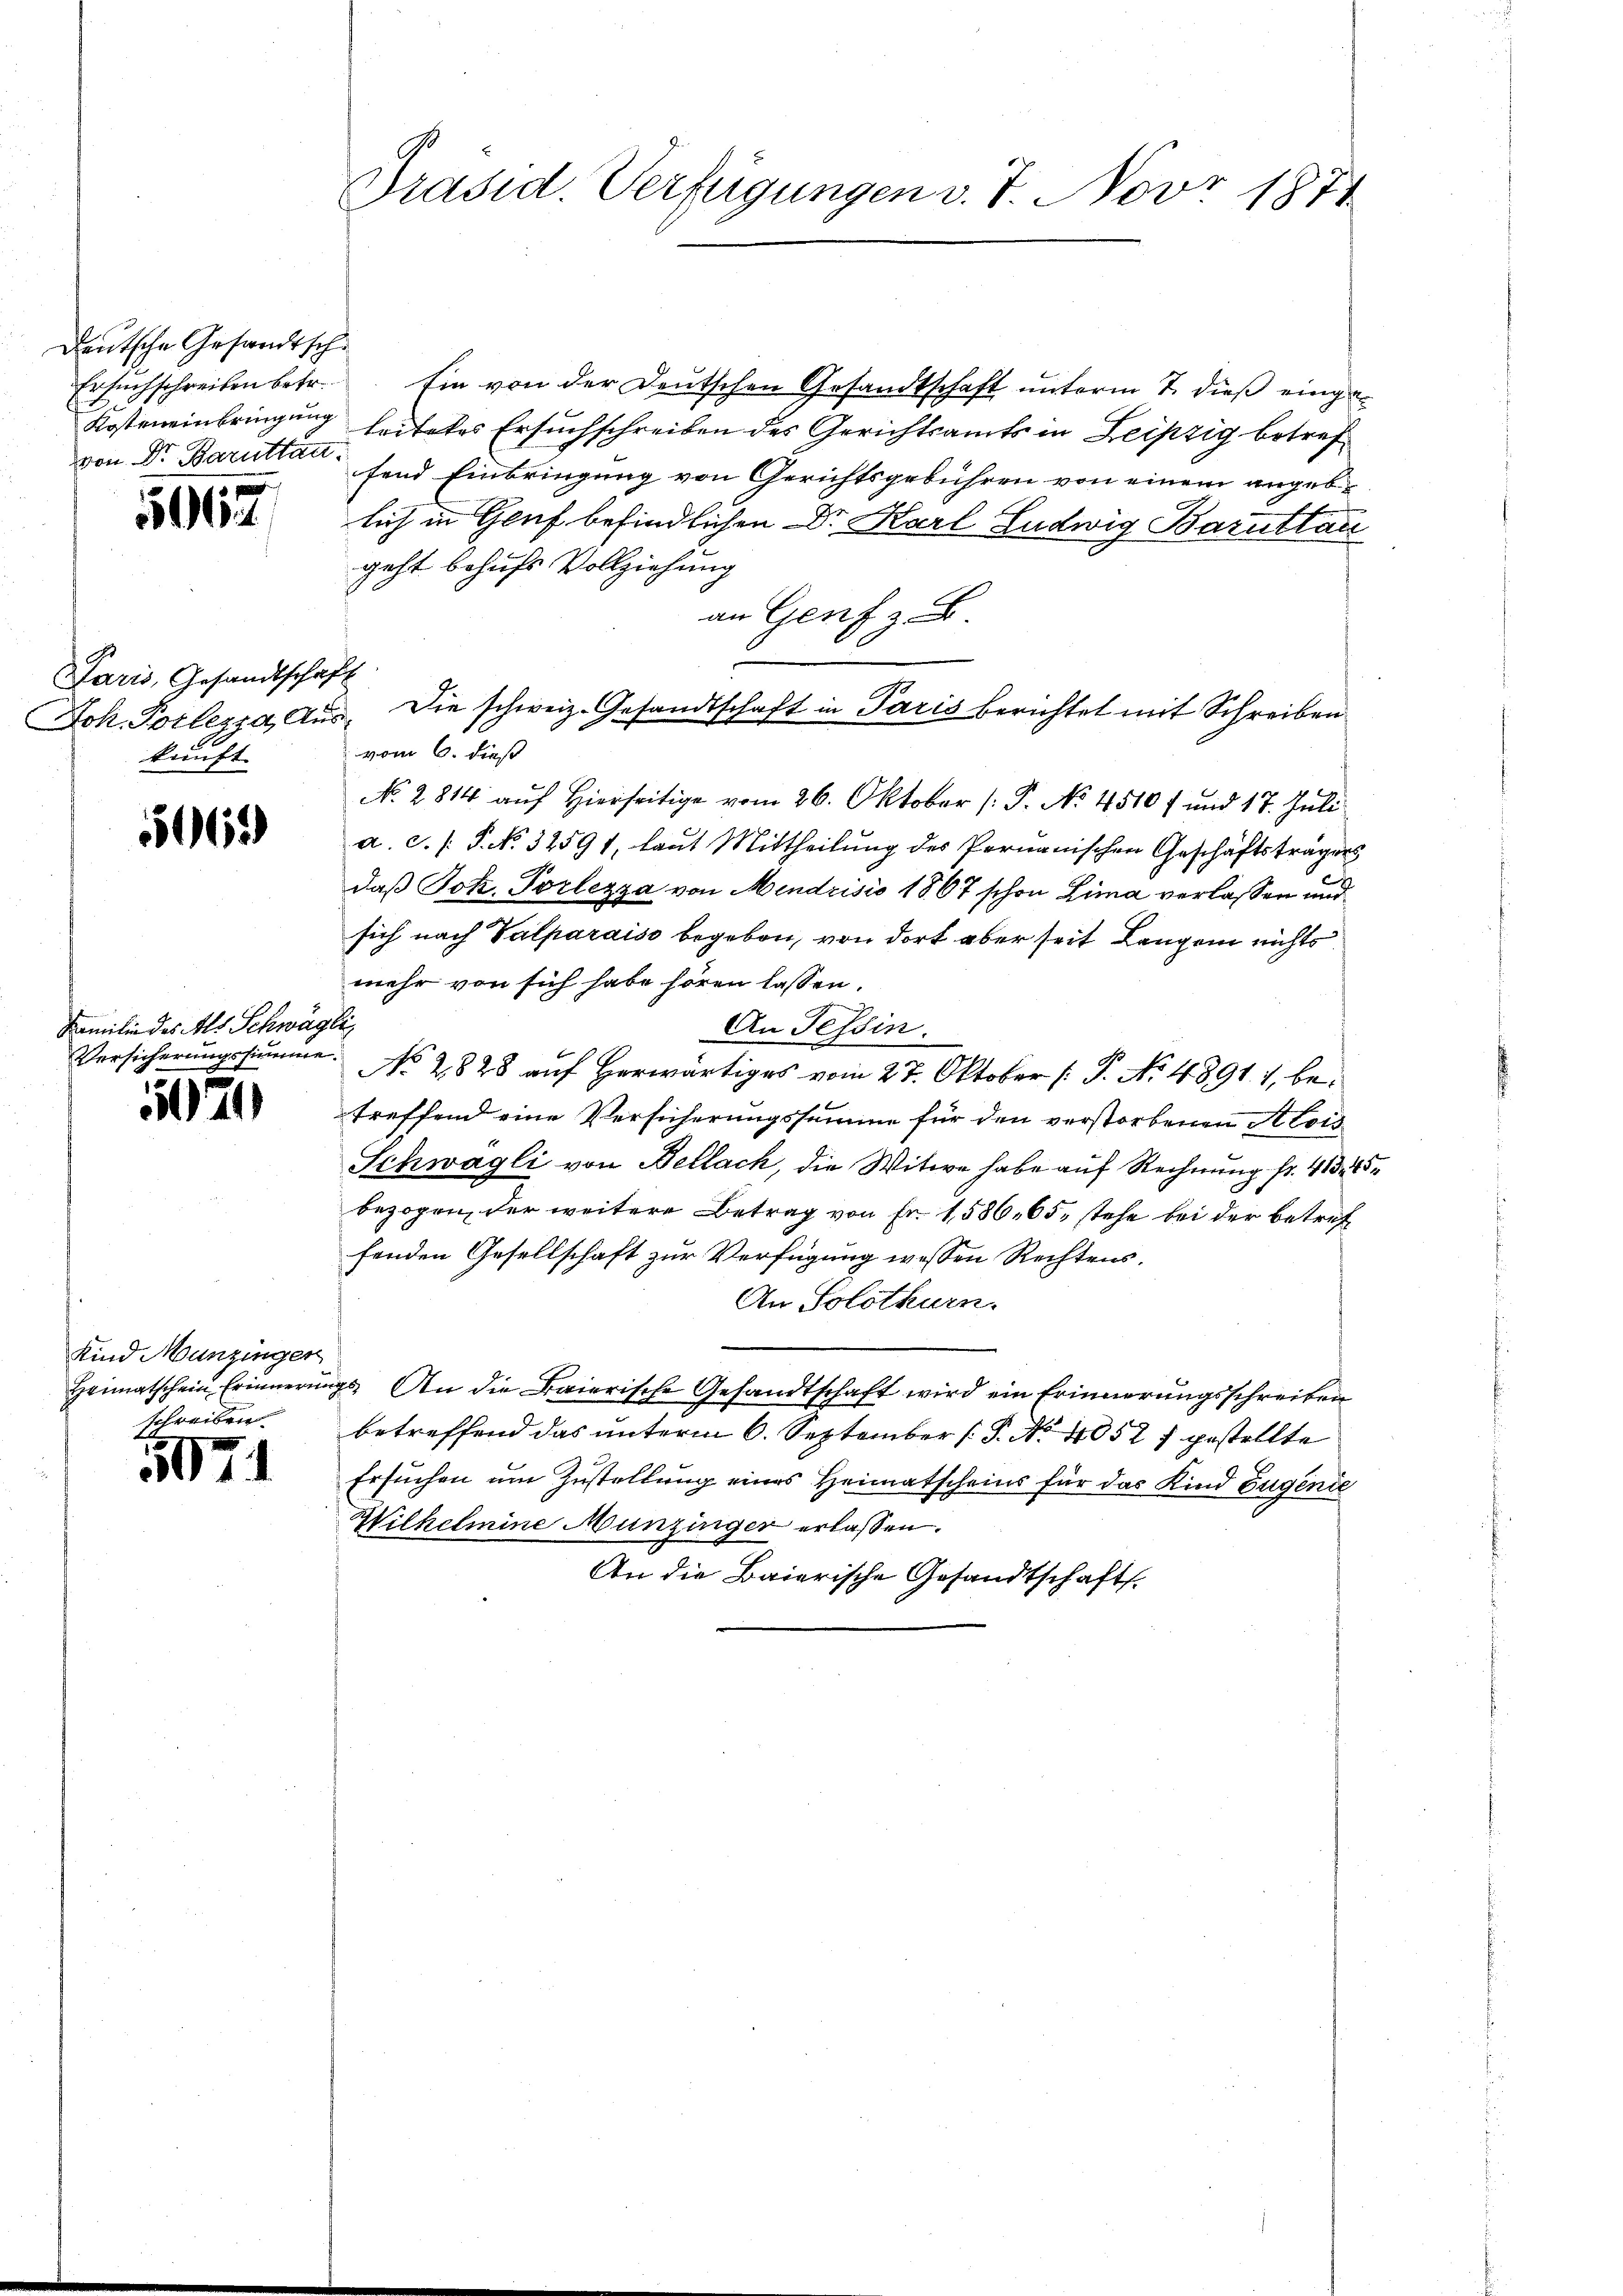
deutsche Gesandtsch
Ersuchschreiben betr.
Kosteneinbringung
von Dr. Baruttan.

511

Paris, Gesandtschaf
Joh. Pollegia, Aus
kunft

506

Familie des Als Schwäge
Versicherungssumme.

52

Kind Munzingen
Heimatschein Erinnern
schreiben.

5071

Präsid. Verfügungen v. 7. Novr 1874

sin von der Deutschen Gesandtschaft unterm 7. dieß eingeleitetes Ersuchschreiben des Gerichtsamts in Leipzig betreffend Einbringung von Gerichtsgebühren von einem angeblich in Genf befindlichen Dr. Karl Ludwig Barutlau
geht behufs Vollziehung
an Genf z. B.
l
No. 2814 auf Hierseitige vom 26. Oktober (: P. No 4510 f und 17. Juli
a. c. s. S. No. 32591, laut Mittheilŭng des Pernanischen Geschäftsträgers
daß Joh. Porlezza von Mendrisio 1867 schon Lima verlassen und
sich nach Valparaiso begeben, von dort aber seit Langen nichts
mehr von sich habe hören lassen.
2
An Tessin.
No 2828 auf herwärtiges vom 27. Oktober (: P. No. 4891. 1, betreffend eine Versicherungssumme für den verstorbenen Alois
Schwagli von Bellach, die Witwe habe auf Rechnung fr. 413. 15
bezogen, der weitere Betrag von Fr. 1586, 65, stehe bei der betreffenden Gesellschaft zur Verfügung wessen Rechtens.
An Solothurn.
gs. An die Baierische Gesandtschaft wird ein Erinnerungsschreiben
betreffend das unterm 6. September P. Nr. 4052 gestellte
Ersuchen um Zustellung eines Heimatscheins für das Kind Eugende
Wilhelmine Munzinger erlassen.
An die Baierische Gesandtschaft.

Die schweiz. Gesandtschaft in Paris berichtet mit Schreiben
vom 6. dieß